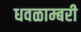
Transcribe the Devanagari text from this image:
धवळाम्बरी